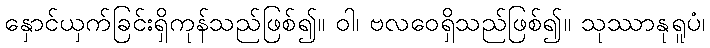
နှောင်ယှက်ခြင်းရှိကုန်သည်ဖြစ်၍။ ဝါ၊ ဗလဝေရှိသည်ဖြစ်၍။ သုဿာနုရူပံ၊